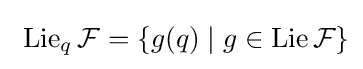
\ \mathrm {Lie} _{q}\,{\mathcal {F}}=\{g(q)\mid g\in \mathrm {Lie} \,{\mathcal {F}}\}